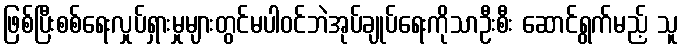
ဖြစ်ပြီးစစ်ရေးလှုပ်ရှားမှုများတွင်မပါဝင်ဘဲအုပ်ချုပ်ရေးကိုသာဦးစီး ဆောင်ရွက်မည့် သူ